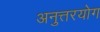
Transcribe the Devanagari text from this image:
अनुत्तरयोग